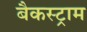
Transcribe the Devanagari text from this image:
बैकस्ट्राम